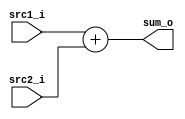
/***************************************************
Student Name: 
Student ID: 
***************************************************/

`timescale 1ns/1ps

module Adder(
    input  [31:0] src1_i,
	input  [31:0] src2_i,
	output [31:0] sum_o
	);
    
assign sum_o = src1_i + src2_i;
/*
	always@(*)
		begin
		$display("adder!! src1= %31b  src2 = %31b, sum=%32b \n", src1_i,src2_i,sum_o);
		end
*/

endmodule